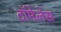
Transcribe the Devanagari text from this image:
टॉमेलेस